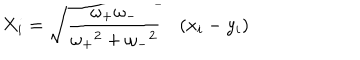
X _ { i } = { \sqrt { \frac { \omega _ { + } \omega _ { - } } { { \omega _ { + } } ^ { 2 } + { \omega _ { - } } ^ { 2 } } } } \quad ( x _ { i } - y _ { i } )